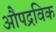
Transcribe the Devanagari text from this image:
औपद्रविक